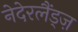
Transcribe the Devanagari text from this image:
नेदेरलैंड्ज़